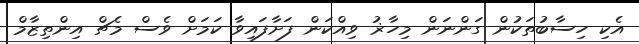
އެކި ހިސާބުތަކުން ގަންނަން މިހާޜު ވިއްކަން ފަށާފައިވާ ކަމަށް ވެސް މެޗް އިންތިޒާމް